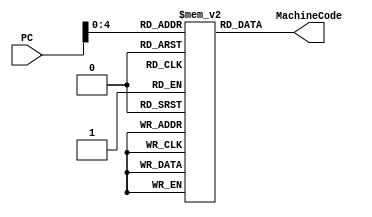
`timescale 1ns / 1ps

module instructionMemory (PC, MachineCode);
    input [31:0] PC;
    output [31:0] MachineCode;

    reg [31:0] memory [0:31];

    // output from assembler, which is the equivalent machine code of the MIPS assembly
    // will be add here like this:
    // memory[0] = 10101010101010101010101010101010;
    // memory[1] = 01010101010101010101010101010101;
    // etc...

    assign MachineCode = memory[PC];

endmodule